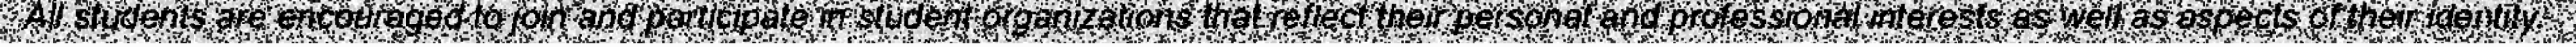
All students are encouraged to join and participate in student organizations that reflect their personal and professional interests as well as aspects of their identity.